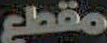
مقطع